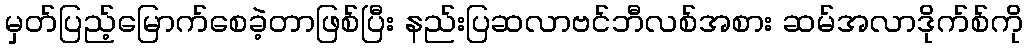
မှတ်ပြည့်မြောက်စေခဲ့တာဖြစ်ပြီး နည်းပြဆလာဗင်ဘီလစ်အစား ဆမ်အလာဒိုက်စ်ကို